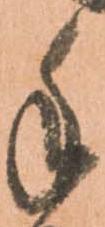
手